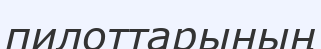
пилоттарының